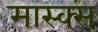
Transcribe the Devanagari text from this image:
मास्क्स